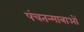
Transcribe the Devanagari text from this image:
पंचतन्मात्राओं